Civil Veterinary Department. Madras. Admin. report 1926-33 - 1926-1933
Year: 1926
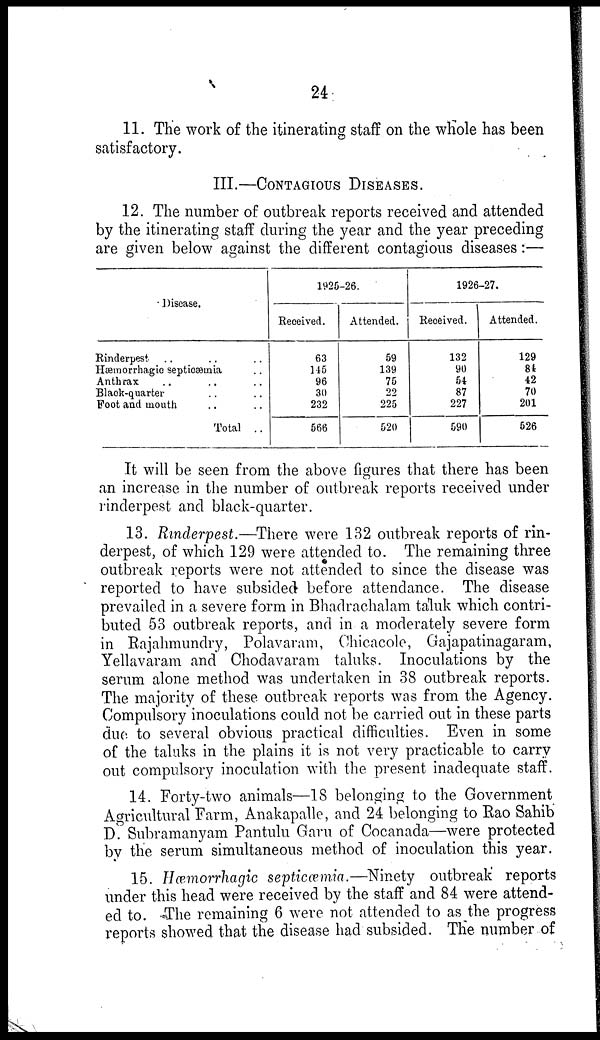
24
II. The work of the itinerating staff on the whole has been
satisfactory.
III.—CONTAGIOUS DISEASES.
12. The number of outbreak reports received and attended
by the itinerating staff during the year and the year preceding
are given below against the different contagious diseases:—
Disease.
Rinderpest .. .. ..
Hæraorrhagic septicæmia ..
Anthrax .. .. ..
Black-quarter .. ..
Foot and mouth .. ..
Total ..
1925-26.
Received.
63
145
96
30
232
566
Attended.
59
139
75
22
225
520
1926-27.
Received.
132
90
54
87
227
590
Attended.
129
84
42
70
201
526
It will be seen from the above figures that there has been
an increase in the number of outbreak reports received under
rinderpest and black-quarter.
13. Rinderpest.—There were 132 outbreak reports of rin-
derpest, of which 129 were attended to. The remaining three
outbreak reports were not attended to since the disease was
reported to have subsided before attendance. The disease
prevailed in a severe form in Bhadrachalam taluk which contri-
buted 53 outbreak reports, and in a moderately severe form
in Rajahmundry, Polavaram, Chicacole, Gajapatinagaram,
Yellavaram and Chodavaram taluks. Inoculations by the
serum alone method was undertaken in 38 outbreak reports.
The majority of these outbreak reports was from the Agency.
Compulsory inoculations could not be carried out in these parts
due to several obvious practical difficulties. Even in some
of the taluks in the plains it is not very practicable to carry
out compulsory inoculation with the present inadequate staff.
14. Forty-two animals—18 belonging to the Government
Agricultural Farm, Anakapalle, and 24 belonging to Rao Sahib
D. Subramanyam Pantulu Garu of Cocanada—were protected
by the serum simultaneous method of inoculation this year.
15. Hæmorrhagic septicæmia.—Ninety outbreak reports
under this head were received by the staff and 84 were attend-
ed to. The remaining 6 were not attended to as the progress
reports showed that the disease had subsided. The number of